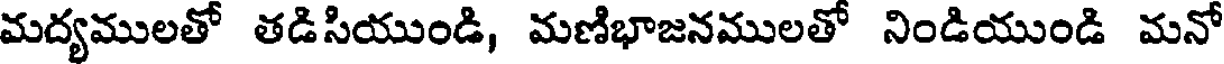
మద్యములతో తడిసియుండి, మణిభాజనములతో నిండియుండి మనో